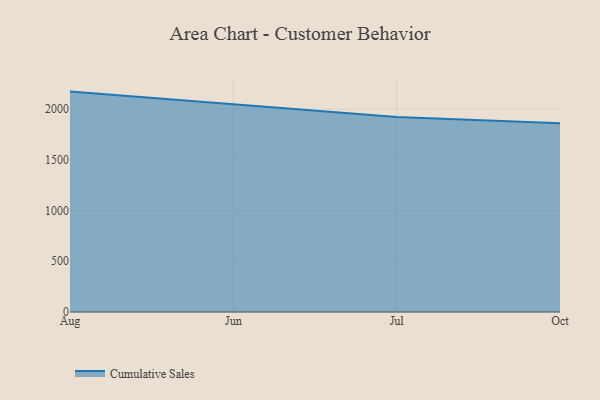
{"axis": {"x": "Month", "y": "Tickets Resolved"}, "legend": ["Cumulative Sales"], "data": [{"x": "Aug", "y": 2171.4, "type": "Cumulative Sales"}, {"x": "Jun", "y": 2048.4, "type": "Cumulative Sales"}, {"x": "Jul", "y": 1922.0, "type": "Cumulative Sales"}, {"x": "Oct", "y": 1860.5, "type": "Cumulative Sales"}]}